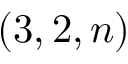
( 3 , 2 , n )